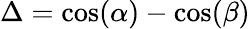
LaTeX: \Delta=\cos(\alpha)-\cos(\beta)